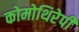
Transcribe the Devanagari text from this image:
कोमोथिरेपी